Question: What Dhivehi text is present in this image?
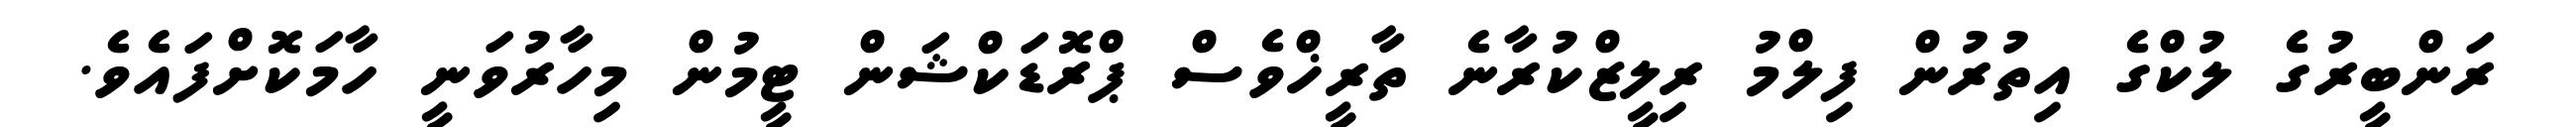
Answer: ރަންބީރުގެ ލުކްގެ އިތުރުން ފިލްމު ރިލީޒްކުރާނެ ތާރީޚްވެސް ޕްރޮޑަކްޝަން ޓީމުން މިހާރުވަނީ ހާމަކޮށްފައެވެ.